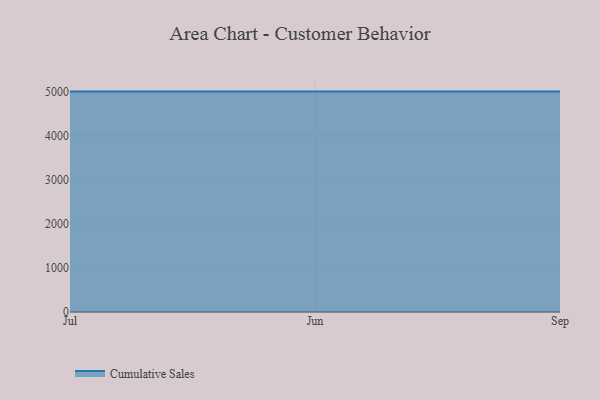
{"axis": {"x": "Month", "y": "Churn Rate (%)"}, "legend": ["Cumulative Sales"], "data": [{"x": "Jul", "y": 5000, "type": "Cumulative Sales"}, {"x": "Jun", "y": 5000, "type": "Cumulative Sales"}, {"x": "Sep", "y": 5000, "type": "Cumulative Sales"}]}